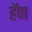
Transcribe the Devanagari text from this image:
हॅण